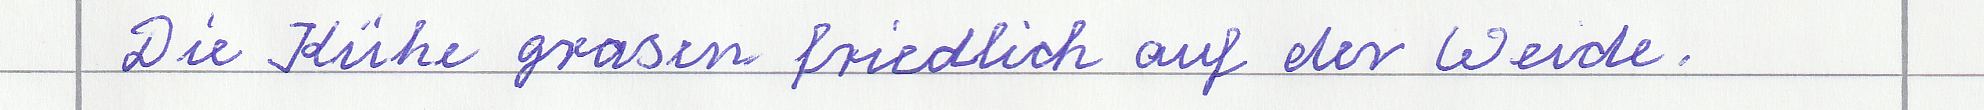
Die Kühe grasen friedlich auf der Weide.